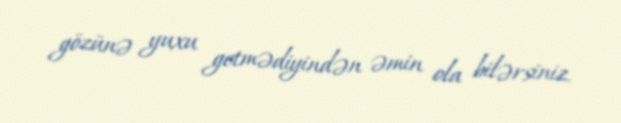
gözünə yuxu getmədiyindən əmin ola bilərsiniz.